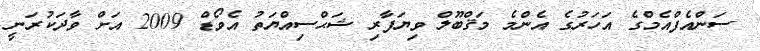
ސަންއެފްއެމްގެ އަހަރުގެ އެންމެ މަޤްބޫލް ވިޔަފާރި ޝަޙްސިއްޔަތު އެވޯޑް 2009 އަށް ވާދަކުރަނީ